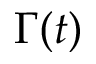
\Gamma ( t )